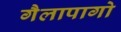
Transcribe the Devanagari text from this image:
गैलापागो